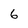
Character: 6